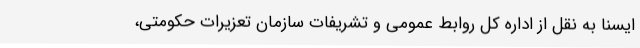
ایسنا به نقل از اداره کل روابط عمومی و تشریفات سازمان تعزیرات حکومتی،